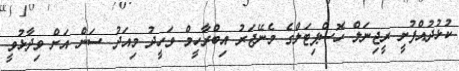
ކުޅުދުއްފުށީ ރީޖިނަލް ހޮސްޕިޓަލްގެ މެނޭޖަރު އިބްރާހީމް ވަހީދު މިއަދު ސަން އަށް ވިދާޅުވީ